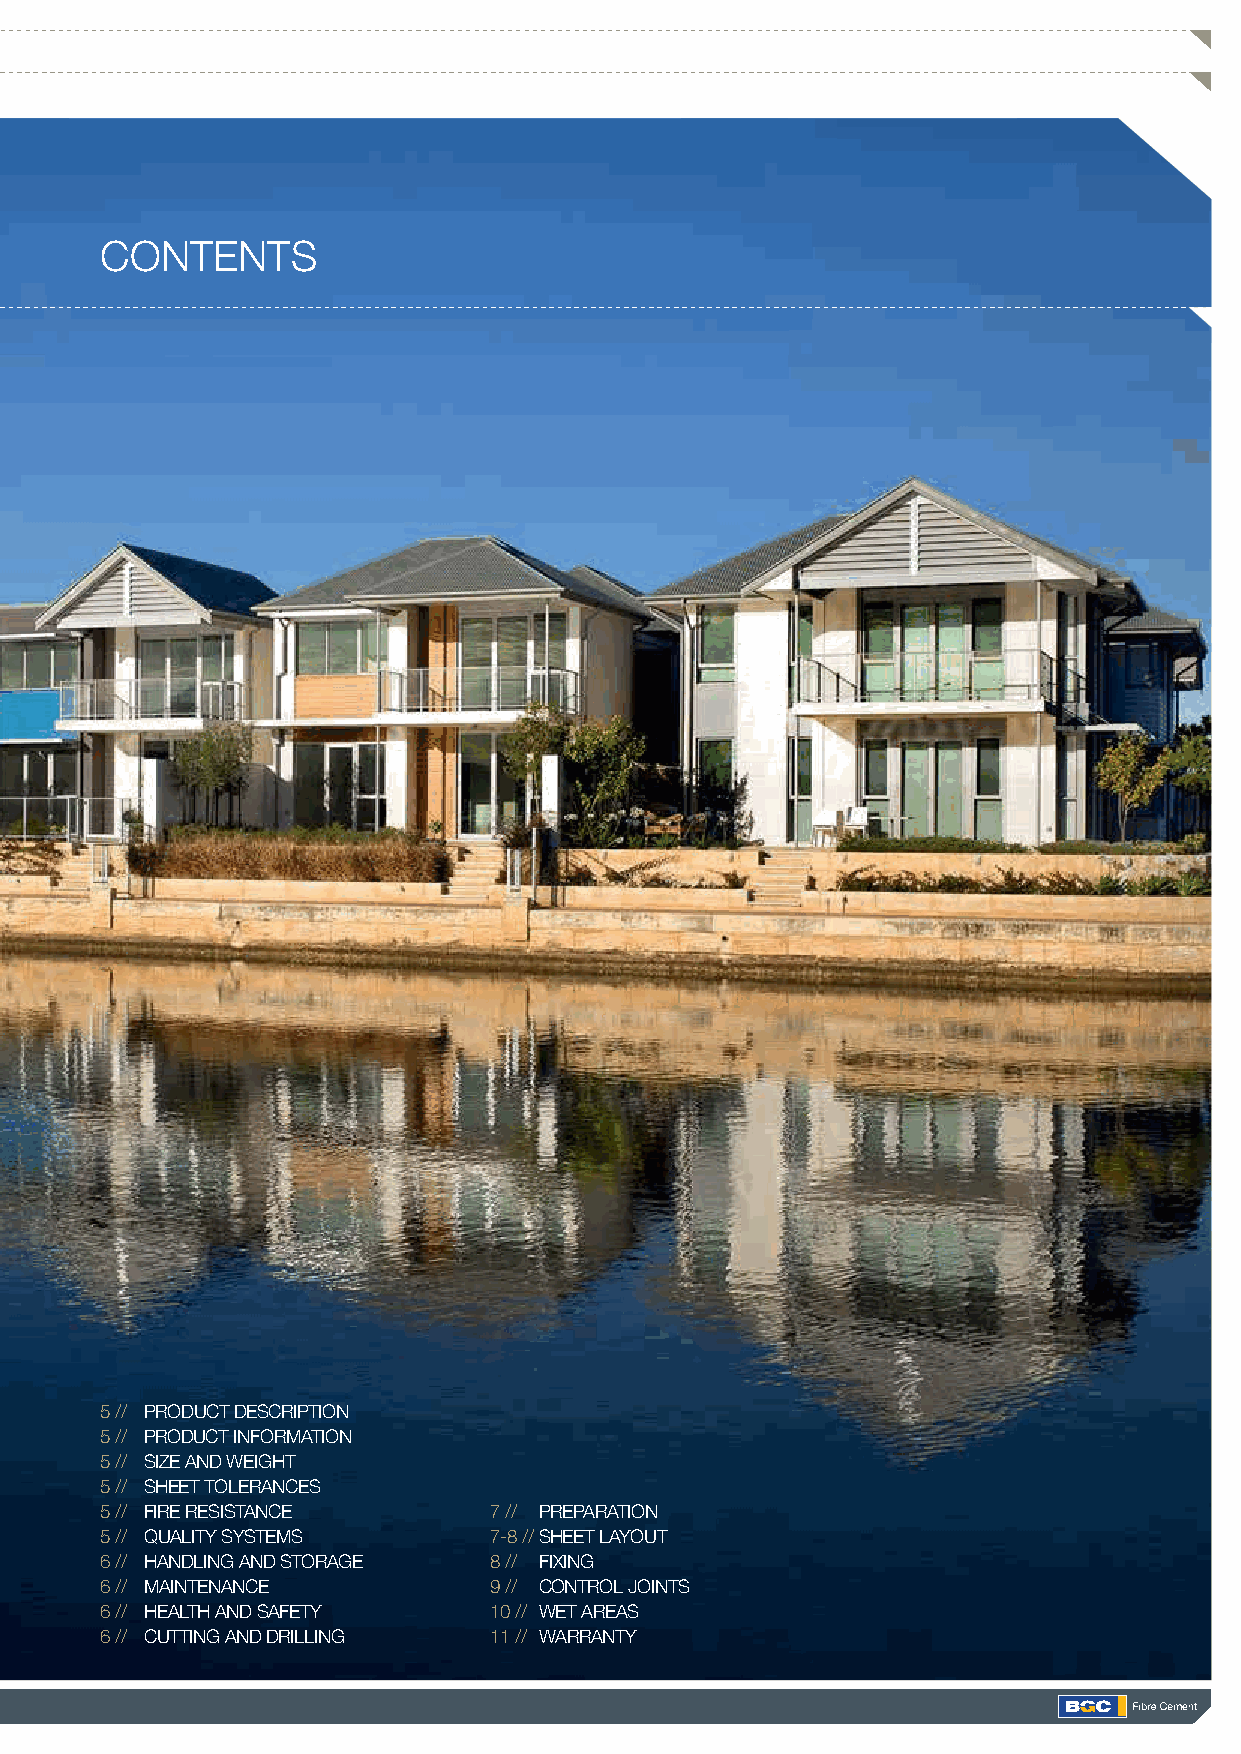
HISTORY &
 MISSION CONTENTS
 BGC FIBRE CEMENT AND PLASTERBOARD IS
 A PROUD AUSTRALIAN OWNED MANUFACTURER
 OF FIBRE CEMENT AND PLASTERBOARD PRODUCTS.
 5 // PRODUCT DESCRIPTION
 5 // PRODUCT INFORMATION
 5 // SIZE AND WEIGHT
 5 // SHEET TOLERANCES
 5 // FIRE RESISTANCE     7 // PREPARATION
 5 // QUALITY SYSTEMS     7-8 // SHEET LAYOUT
 6 // HANDLING AND STORAGE 8 // FIXING
 6 // MAINTENANCE         9 // CONTROL JOINTS
 6 // HEALTH AND SAFETY   10 // WET AREAS
 6 // CUTTING AND DRILLING 11 // WARRANTY